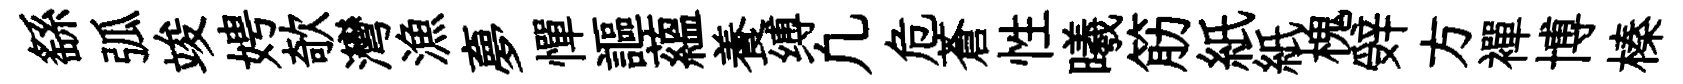
繇弧竣娉欹灣漁夣憚謳蘊養缚凢危蒼性曦筋紙紙槐辤方襌博榛